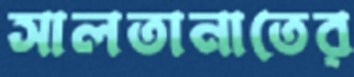
সালতানাতের